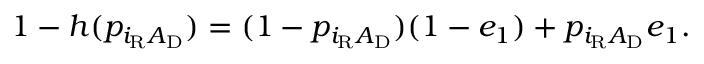
\begin{array} { r } { 1 - h ( p _ { i _ { \mathrm { R } } A _ { \mathrm { D } } } ) = ( 1 - p _ { i _ { \mathrm { R } } A _ { \mathrm { D } } } ) ( 1 - e _ { 1 } ) + p _ { i _ { \mathrm { R } } A _ { \mathrm { D } } } e _ { 1 } . } \end{array}